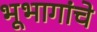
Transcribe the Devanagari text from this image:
भूभागांचे